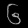
Digit: ၆